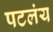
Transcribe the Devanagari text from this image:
पटलंय